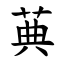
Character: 䓦